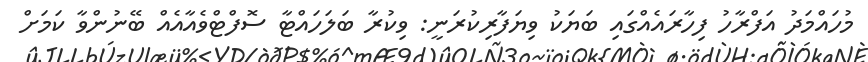
މުހައްމަދު އަފްރާހު ފިހާރައެއްގައި ބަޔަކު ވިޔަފާރިކުރަނީ: ވިކުރާ ބަލަހައްޓާ ސޮފްޓްވެއާއެއް ބޭނުންވާ ކަމަށް